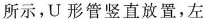
所示，U形管竖直放置，左